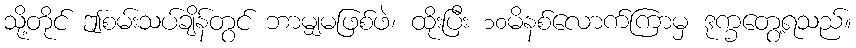
သို့တိုင် ဤစမ်းသပ်ချိန်တွင် ဘာမျှမဖြစ်ဖဲ၊ ထိုးပြီး ၁၀မိနစ်လောက်ကြာမှ ဒုက္ခတွေ့ရသည်။